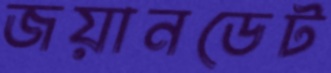
জয়ানডেট